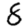
Digit: 8